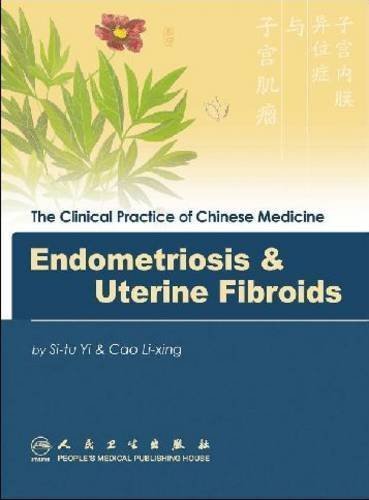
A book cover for Endometriosis and Uterine Fibroid (Clinical Practice of Chinese Medicine) 1st (first) Edition by Si-tu Yi, Cai Li-Xing published by People's Medical Publishing House (2008); Health, Fitness & Dieting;